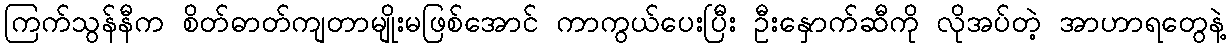
ကြက်သွန်နီက စိတ်ဓာတ်ကျတာမျိုးမဖြစ်အောင် ကာကွယ်ပေးပြီး ဦးနှောက်ဆီကို လိုအပ်တဲ့ အာဟာရတွေနဲ့